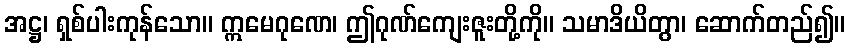
အဋ္ဌ၊ ရှစ်ပါးကုန်သော။ ဣမေဂုဏေ၊ ဤဂုဏ်ကျေးဇူးတို့ကို။ သမာဒိယိတွာ၊ ဆောက်တည်၍။